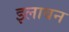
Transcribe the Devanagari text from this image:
इलावन